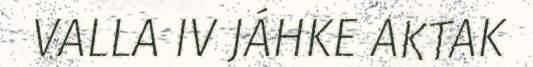
VALLA IV JÁHKE AKTAK